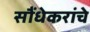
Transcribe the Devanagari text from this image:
सौंधेकरांचे